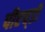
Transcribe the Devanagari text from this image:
पीएच्‌डी